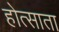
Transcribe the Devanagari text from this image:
होत्साता